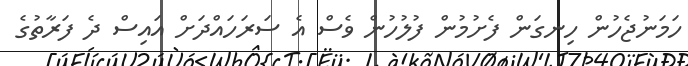
ހަމަނުޖެހުން ހިނގަން ފެށުމުން ފުލުހުން ވެސް އެ ސަރަހައްދަށް އައިސް ދެ ފަރާތުގެ